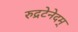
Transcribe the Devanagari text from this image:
रुद्रटेनेदम्